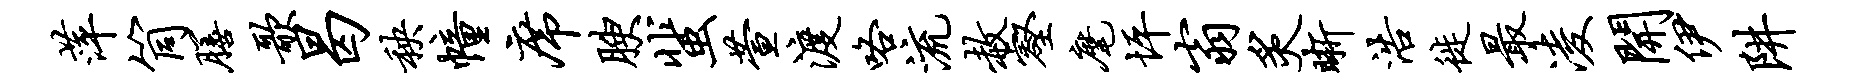
萍筒膳歌曷秧幢席腴蜚萱渡咯流赦壑麾坪翁炙晰浩徙最凌开伊阱